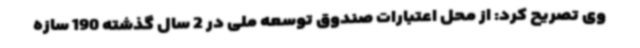
وی تصریح کرد: از محل اعتبارات صندوق توسعه ملی در 2 سال گذشته 190 سازه